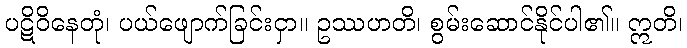
ပဋိဝိနေတုံ၊ ပယ်ဖျောက်ခြင်းငှာ။ ဥဿဟတိ၊ စွမ်းဆောင်နိုင်ပါ၏။ ဣတိ၊